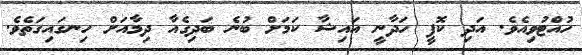
ހުއްޓުވިއެވެ. އަދި ކޮފީ ހަދާނީ އައިޝާ ކަމަށް ބުނެ ބަދިގެއާ ދިމާއަށް ހިނގައިގަތެވެ.